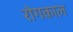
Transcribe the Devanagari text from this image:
रोगकाल